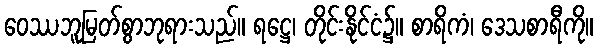
ဝေဿဘူမြတ်စွာဘုရားသည်။ ရဋ္ဌေ၊ တိုင်းနိုင်ငံ၌။ စာရိကံ၊ ဒေသစာရီကို။